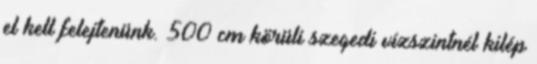
el kell felejtenünk. 500 cm körüli szegedi vízszintnél kilép